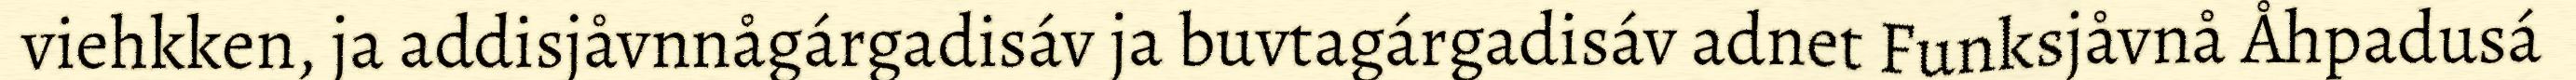
viehkken, ja addisjåvnnågárgadisáv ja buvtagárgadisáv adnet Funksjåvnå Åhpadusá